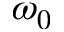
\omega _ { 0 }